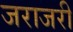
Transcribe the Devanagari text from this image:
जराजरी